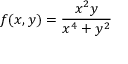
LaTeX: f ( x , y ) = { \frac { x ^ { 2 } y } { x ^ { 4 } + y ^ { 2 } } }